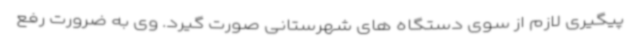
پیگیری لازم از سوی دستگاه های شهرستانی صورت گیرد. وی به ضرورت رفع